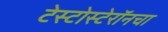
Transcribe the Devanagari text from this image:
टेस्टोस्टेरॉनचा